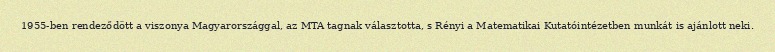
1955-ben rendeződött a viszonya Magyarországgal, az MTA tagnak választotta, s Rényi a Matematikai Kutatóintézetben munkát is ajánlott neki.